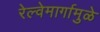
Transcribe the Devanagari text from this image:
रेल्वेमार्गामुळे